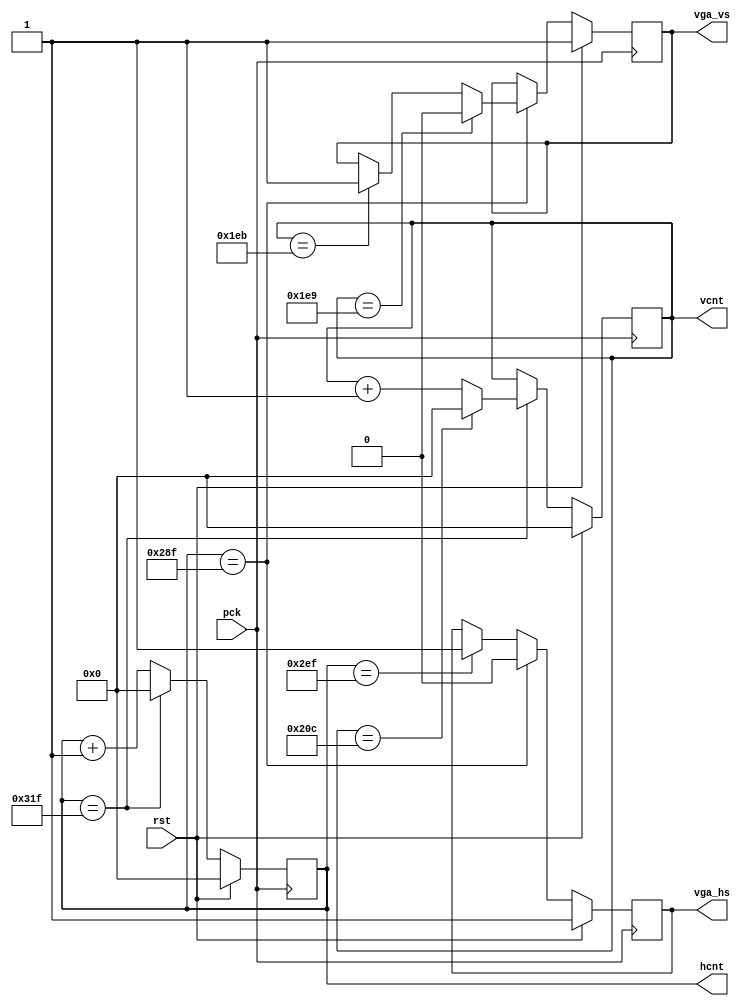
module HVGEN(
	input pck,rst,
	output reg vga_hs,vga_vs,
	output reg [9:0]	hcnt,vcnt
);
/*
always @(posedge clk)	begin
	if(rst)
		pck <= 1'b0;
	else
		pck <= ~pck;
end
*/

parameter HMAX = 800;
wire hcntend = (hcnt == HMAX - 10'h001);

always @(posedge pck)	begin
	if(rst)
		hcnt <= 10'h000;
	else
	if(hcntend)
		hcnt <= 10'h000;
	else
		hcnt <= hcnt + 1'b1;
end

parameter VMAX = 525;

always @(posedge pck)	begin
	if(rst)
		vcnt <= 10'h000;
	else
	if(hcntend)	begin
		if(vcnt == VMAX - 10'h001)	
			vcnt <= 10'h000;
		else
			vcnt <= vcnt + 1'b1;
	end
end

//parameter HSSTART = 663;
//parameter HSEND = 759;
//parameter VSSTART = 449;
//parameter VSEND = 451;
parameter HSSTART = 655;
parameter HSEND = 751;
parameter VSSTART = 489;
parameter VSEND = 491;

always @(posedge pck)	begin
	if(rst)
		vga_hs <= 1'b1;
	else
	if(hcnt == HSSTART)
		vga_hs = 1'b0;
	else if(hcnt == HSEND)
		vga_hs = 1'b1;
end

always @(posedge pck)	begin
	if(rst)
		vga_vs <= 1'b1;
	else
	if(hcnt == HSSTART)	begin
		if(vcnt == VSSTART)	
			vga_vs = 1'b0;
		else if(vcnt == VSEND)
			vga_vs = 1'b1;
	end
end

//colorbar
/*
reg [9:0] count;
reg [2:0] color;
always @(posedge pck)	begin
	if(hcntend)	begin
		count <= 10'b0000000000;
		color <= 3'b000;
	end
	else begin
		 count <= count + 1'b1;	
		 if(count >= 10'd8 & count < 10'd648)	begin
			if(color[0] == 1'b0)	begin	
				vga_b <= vga_b + 1'b1;	
				vga_g <= 1'b0;	
				vga_r <= 1'b0;	
				if(vga_b == 3'b111)
					color[0] <= 1'b1;	
			end	
			else
			if(color[1] == 1'b0)	begin	
				vga_b <= 1'b0;	
				vga_g <= vga_g + 1'b1;	
				vga_r <= 1'b0;	
				if(vga_g == 3'b111)
					color[1] <= 1'b1;	
			end	
			else
			if(color[2] == 1'b0)	begin	
				vga_b <= 1'b0;	
				vga_g <= 1'b0;	
				vga_r <= vga_r + 1'b1;	
				if(vga_r == 3'b111)
					color[2] <= 1'b1;	
			end	
			else begin
				vga_b <= 4'b0000;
				vga_g <= 4'b0000;
				vga_r <= 4'b0000;
				color <= 3'b000;
			end
		end
		else	begin
				vga_b <= 4'b0000;
				vga_g <= 4'b0000;
				vga_r <= 4'b0000;
				color <= 3'b000;
		end
	end
end
*/
endmodule